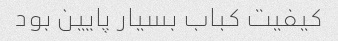
کیفیت کباب بسیار پایین بود